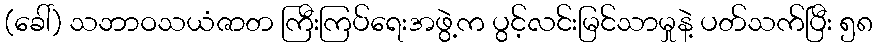
(ခေါ်) သဘာဝသယံဇာတ ကြီးကြပ်ရေးအဖွဲ့က ပွင့်လင်းမြင်သာမှုနဲ့ ပတ်သက်ပြီး ၅၈